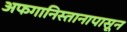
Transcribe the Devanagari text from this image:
अफगानिस्तानापासून